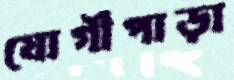
যোগীপাড়া